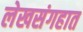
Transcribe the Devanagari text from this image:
लेखसंगहात